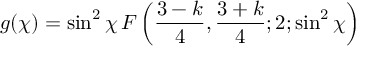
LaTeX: g ( \chi ) = \sin ^ { 2 } { \chi } \, F \left( \frac { 3 - k } { 4 } , \frac { 3 + k } { 4 } ; 2 ; \sin ^ { 2 } { \chi } \right)